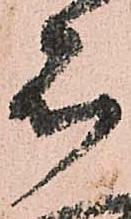
者